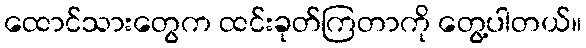
ထောင်သားတွေက ထင်းခုတ်ကြတာကို တွေ့ပါတယ်။